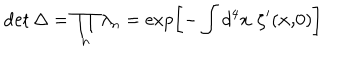
\det \Delta = \prod _ { n } \lambda _ { n } = \exp \left[ - \int d ^ { 4 } x \, \, \zeta ^ { \prime } ( { \bf x , } 0 ) \right]